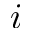
i